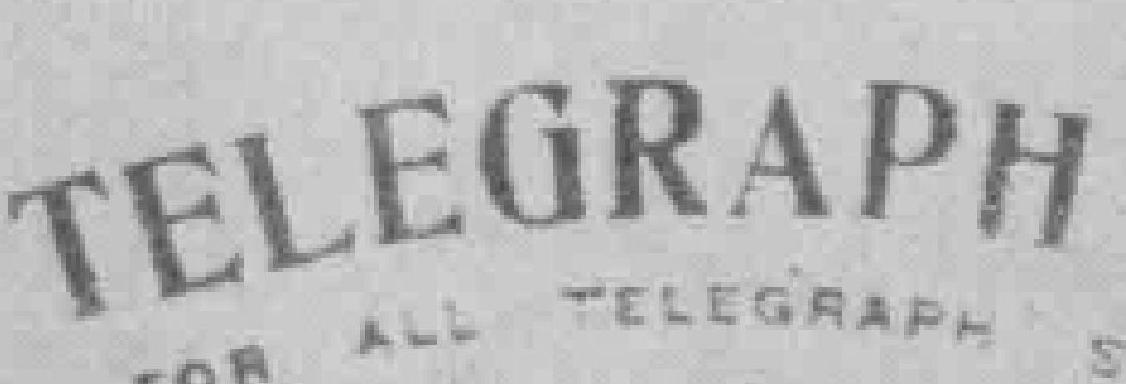
TELEGRAPH